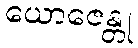
ယောဇေန္တု